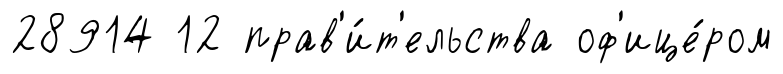
28914 12 прав'и́т'ельства оф'ице́ром